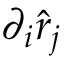
\partial _ { i } \hat { r } _ { j }